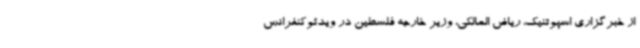
از خبرگزاری اسپوتنیک، ریاض المالکی، وزیر خارجه فلسطین در ویدئوکنفرانس